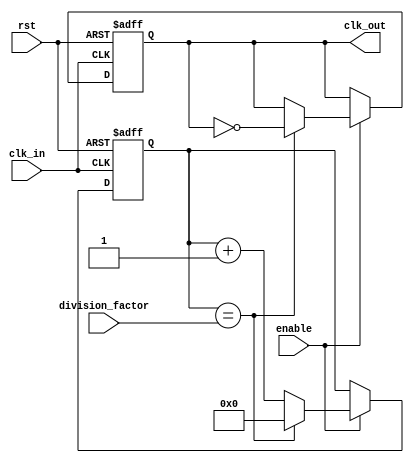
module frequency_synthesizer_clock_divider (
    input wire clk_in,
    input wire rst,
    input wire enable,
    input wire [7:0] division_factor,
    output reg clk_out
);

reg [7:0] count;

always @(posedge clk_in or posedge rst) begin
    if (rst) begin
        count <= 8'b0;
        clk_out <= 1'b0;
    end else begin
        if (enable) begin
            if (count == division_factor) begin
                count <= 8'b0;
                clk_out <= ~clk_out;
            end else begin
                count <= count + 1;
            end
        end
    end
end

endmodule